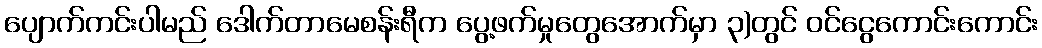
ပျောက်ကင်းပါမည် ဒေါက်တာမေစန်းရီက ပွေ့ဖက်မှုတွေအောက်မှာ ၃)တွင် ဝင်ငွေကောင်းကောင်း